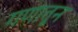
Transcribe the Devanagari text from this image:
गणातून